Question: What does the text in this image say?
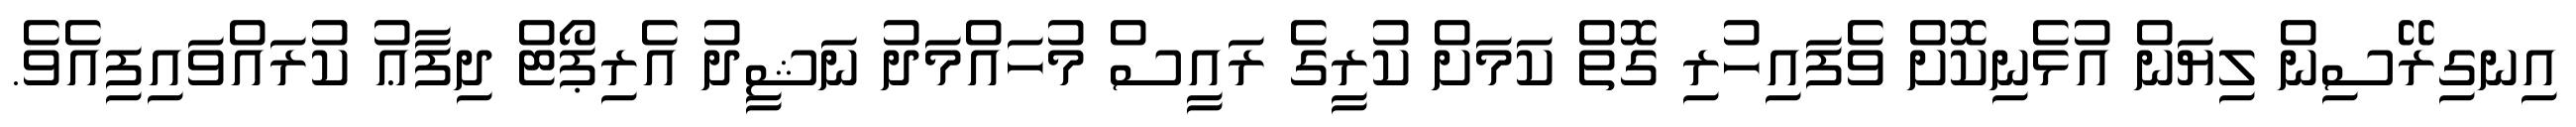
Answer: އިނގިރޭސިން ލިޔަން އުޅެނިކޮށް ވެފައިހުރި ގޮތް ކަމަށް ކުރީގެ ރައީސް މުހައްމަދު ނަޝީދު އެރިޕޯޓް ދިފާޢު ކުރައްވައިފިއެވެ.